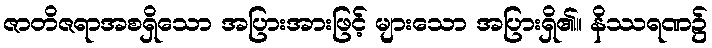
ဇာတိဇရာအစရှိသော အပြားအားဖြင့် များသော အပြားရှိ၏။ နိဿရဏ၌